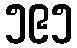
၅၉၅